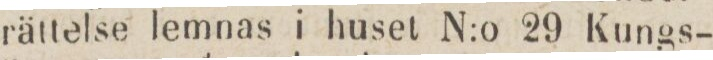
rättelse lemnas i huset N:o 29 Kungs-